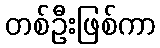
တစ်ဦးဖြစ်ကာ